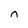
Character: n